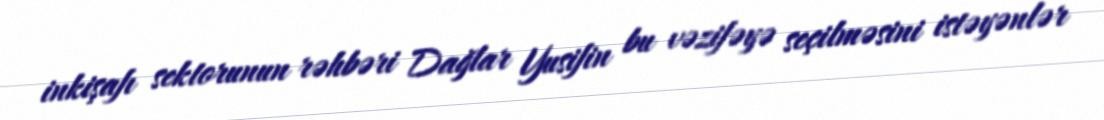
inkişafı sektorunun rəhbəri Dağlar Yusifin bu vəzifəyə seçilməsini istəyənlər